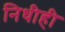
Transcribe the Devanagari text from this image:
निधीही